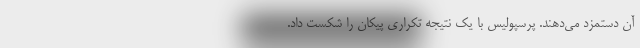
آن دستمزد می‌دهند. پرسپولیس با یک نتیجه تکراری پیکان را شکست داد.